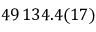
4 9 \, 1 3 4 . 4 ( 1 7 )